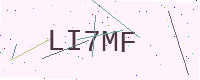
Text: LI7MF